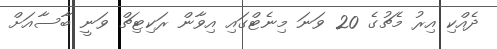
ދެއްކި އިރު މެޗުގެ 20 ވަނަ މިނެޓްގައި އިވާން ރަކިޓިޗް ވަނީ ބާސާއަށް